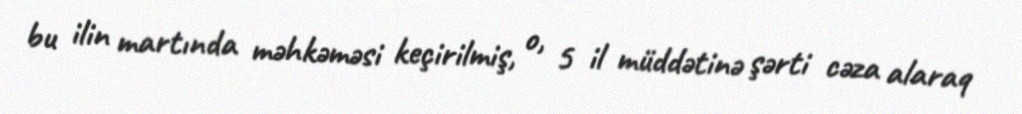
bu ilin martında məhkəməsi keçirilmiş, o, 5 il müddətinə şərti cəza alaraq